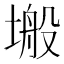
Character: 𭏜